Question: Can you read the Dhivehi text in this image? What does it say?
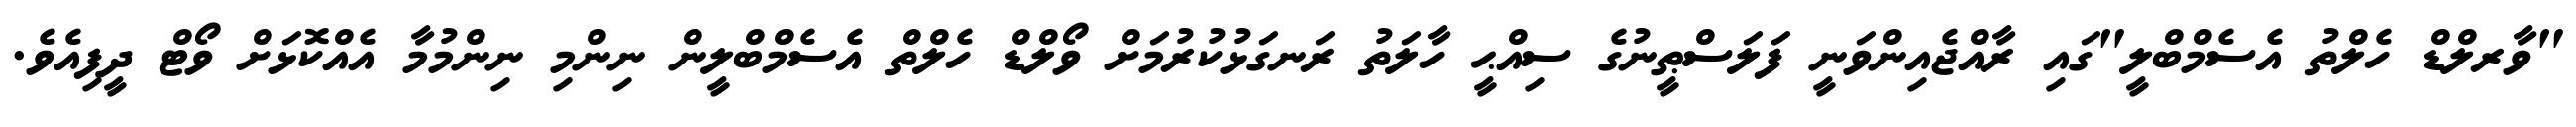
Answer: "ވާރލްޑް ހެލްތު އެސެމްބްލީ"ގައި ރާއްޖެއިންވަނީ ފަލަސްޠީނުގެ ސިއްޙީ ހާލަތު ރަނގަޅުކުރުމަށް ވޯލްޑް ހެލްތް އެސެމްބްލީން ނިންމި ނިންމުމާ އެއްކޮޅަށް ވޯޓް ދީފިއެވެ.